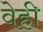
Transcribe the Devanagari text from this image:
वेही